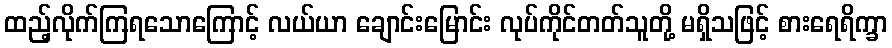
ထည့်လိုက်ကြရသောကြောင့် လယ်ယာ ချောင်းမြောင်း လုပ်ကိုင်တတ်သူတို့ မရှိသဖြင့် စားရေရိက္ခာ